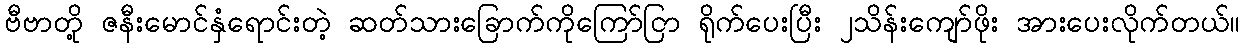
ဗီဗာတို့ ဇနီးမောင်နှံရောင်းတဲ့ ဆတ်သားခြောက်ကိုကြော်ငြာ ရိုက်ပေးပြီး ၂သိန်းကျော်ဖိုး အားပေးလိုက်တယ်၊၊